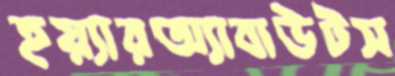
হয়্যারঅ্যাবাউটস